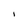
Character: i